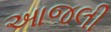
આજલી